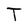
Character: T